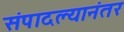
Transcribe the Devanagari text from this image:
संपादल्यानंतर